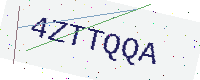
Text: 4ZTTQQA